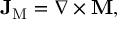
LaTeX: \mathbf { J } _ { \mathrm { M } } = \nabla \times \mathbf { M } ,